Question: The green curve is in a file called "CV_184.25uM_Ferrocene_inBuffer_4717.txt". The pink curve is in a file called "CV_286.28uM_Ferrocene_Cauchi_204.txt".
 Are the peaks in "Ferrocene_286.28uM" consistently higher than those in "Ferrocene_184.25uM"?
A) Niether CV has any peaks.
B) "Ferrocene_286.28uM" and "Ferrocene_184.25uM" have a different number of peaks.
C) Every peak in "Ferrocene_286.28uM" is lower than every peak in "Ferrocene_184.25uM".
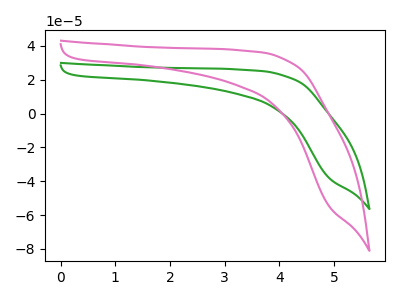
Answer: <think>The green curve "Ferrocene_184.25uM" has no peaks. The pink curve "Ferrocene_286.28uM" has no peaks.</think>
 <answer>A) Niether CV has any peaks.</answer>
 <eval>A</eval>